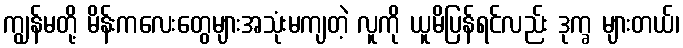
ကျွန်မတို့ မိန်းကလေးတွေများအသုံးမကျတဲ့ လူကို ယူမိပြန်ရင်လည်း ဒုက္ခ များတယ်၊